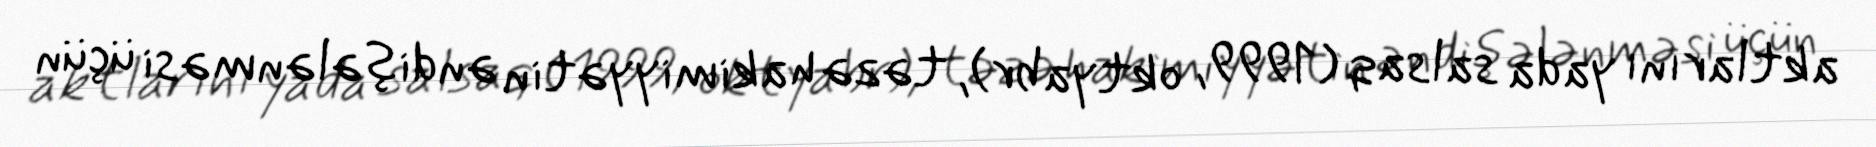
aktlarını yada salsaq (1999, oktyabr), təzə hakimiyyətin əndişələnməsi üçün